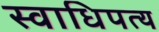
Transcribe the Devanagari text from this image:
स्वाधिपत्य